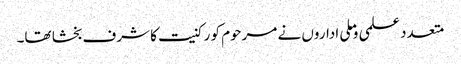
متعدد علمی وملی اداروں نے مرحوم کو رکنیت کا شرف بخشا تھا۔